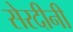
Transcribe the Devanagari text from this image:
सेरदीनी